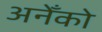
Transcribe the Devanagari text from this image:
अनेँको